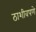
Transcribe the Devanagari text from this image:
ठाशीवपणे